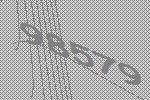
98579